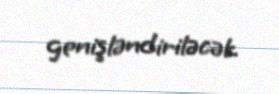
genişləndiriləcək.